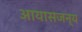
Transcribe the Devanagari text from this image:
आयासजन्य